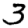
Digit: 3